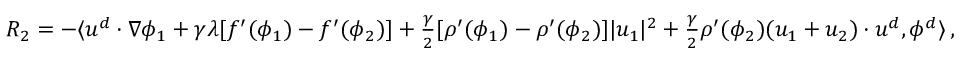
\begin{array} { r } { R _ { 2 } = - \langle u ^ { d } \cdot \nabla \phi _ { 1 } + \gamma \lambda [ f ^ { \prime } ( \phi _ { 1 } ) - f ^ { \prime } ( \phi _ { 2 } ) ] + \frac { \gamma } { 2 } [ \rho ^ { \prime } ( \phi _ { 1 } ) - \rho ^ { \prime } ( \phi _ { 2 } ) ] | u _ { 1 } | ^ { 2 } + \frac { \gamma } { 2 } \rho ^ { \prime } ( \phi _ { 2 } ) ( u _ { 1 } + u _ { 2 } ) \cdot u ^ { d } , \phi ^ { d } \rangle \, , } \end{array}